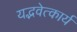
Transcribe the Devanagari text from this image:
यद्भवेत्कार्यं